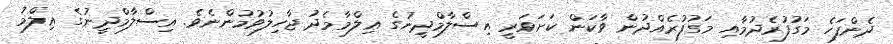
ދެންފަހެ މަގުފުރެދުމާއި މަގުފުރެއްދުން ވާކަން ކަށަވަރީ އިސްލާމްދީނުގެ ޢިލްމާމެދު ޖާހިލުވުމުންނެވެ. އިސްލާމްދީނުގެ ޢިލްމު